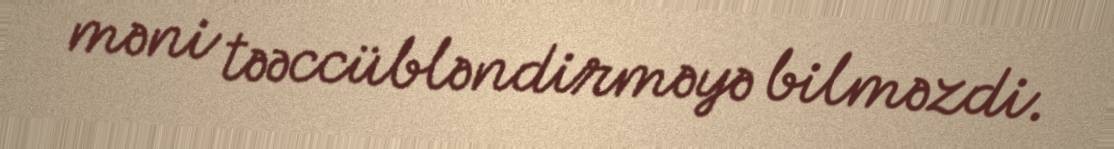
məni təəccübləndirməyə bilməzdi.